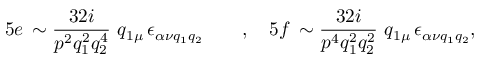
5 e \, \sim \frac { 3 2 i } { p ^ { 2 } q _ { 1 } ^ { 2 } q _ { 2 } ^ { 4 } } \ q _ { 1 \mu } \, \epsilon _ { \alpha \nu q _ { 1 } q _ { 2 } } \qquad , \quad 5 f \, \sim \frac { 3 2 i } { p ^ { 4 } q _ { 1 } ^ { 2 } q _ { 2 } ^ { 2 } } \ q _ { 1 \mu } \, \epsilon _ { \alpha \nu q _ { 1 } q _ { 2 } } , \nonumber \,